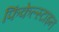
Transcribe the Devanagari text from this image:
फिंकेल्स्टाइन